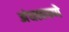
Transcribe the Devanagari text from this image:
अंधत्वपणे